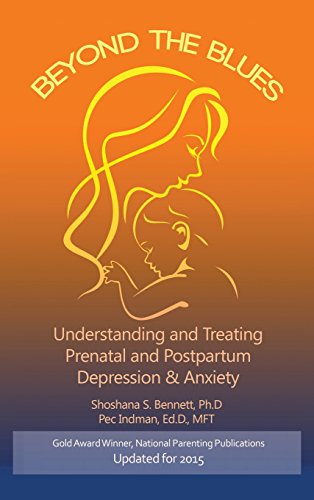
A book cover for Beyond the Blues: Understanding and Treating Prenatal and Postpartum Depression & Anxiety; Shoshana Bennett; Health, Fitness & Dieting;